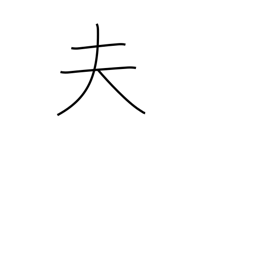
Meaning: husband